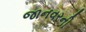
જાનવરની